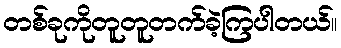
တစ်ခုကိုတူတူတက်ခဲ့ကြပါတယ်။